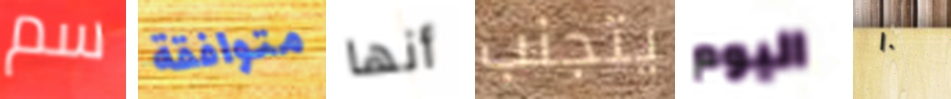
سم متوافقة أنها يتجنب اليوم ١٠